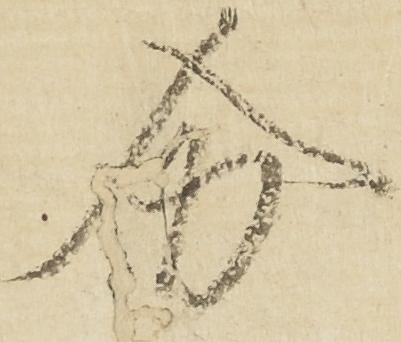
分